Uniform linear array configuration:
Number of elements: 24
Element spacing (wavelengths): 1
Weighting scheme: uniform
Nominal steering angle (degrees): -15
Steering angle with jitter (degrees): -16.269
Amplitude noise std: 0.05
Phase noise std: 0.05

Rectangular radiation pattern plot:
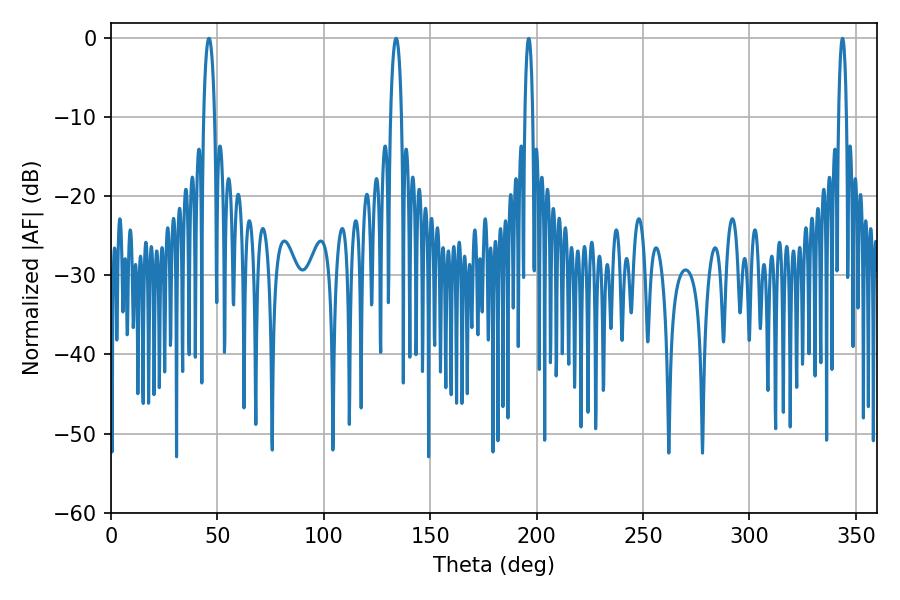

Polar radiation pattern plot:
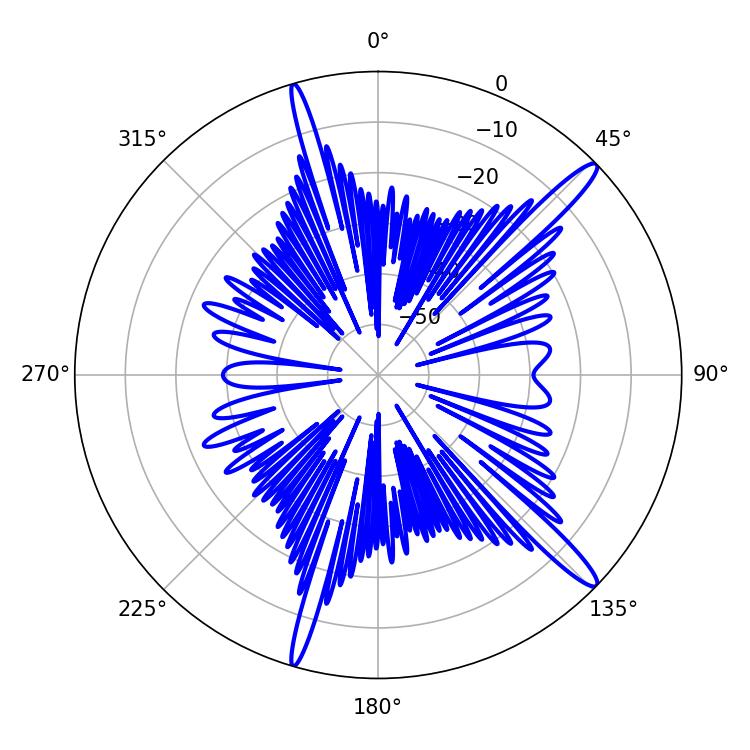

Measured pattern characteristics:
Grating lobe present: TRUE
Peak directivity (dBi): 15.166
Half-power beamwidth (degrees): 2.88
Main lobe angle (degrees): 133.92